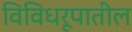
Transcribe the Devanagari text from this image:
विविधरूपातील